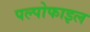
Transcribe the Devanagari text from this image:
पल्पोफाइल